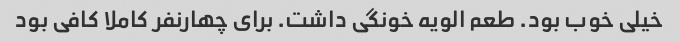
خیلی خوب بود. طعم الویه خونگی داشت. برای چهارنفر کاملا کافی بود